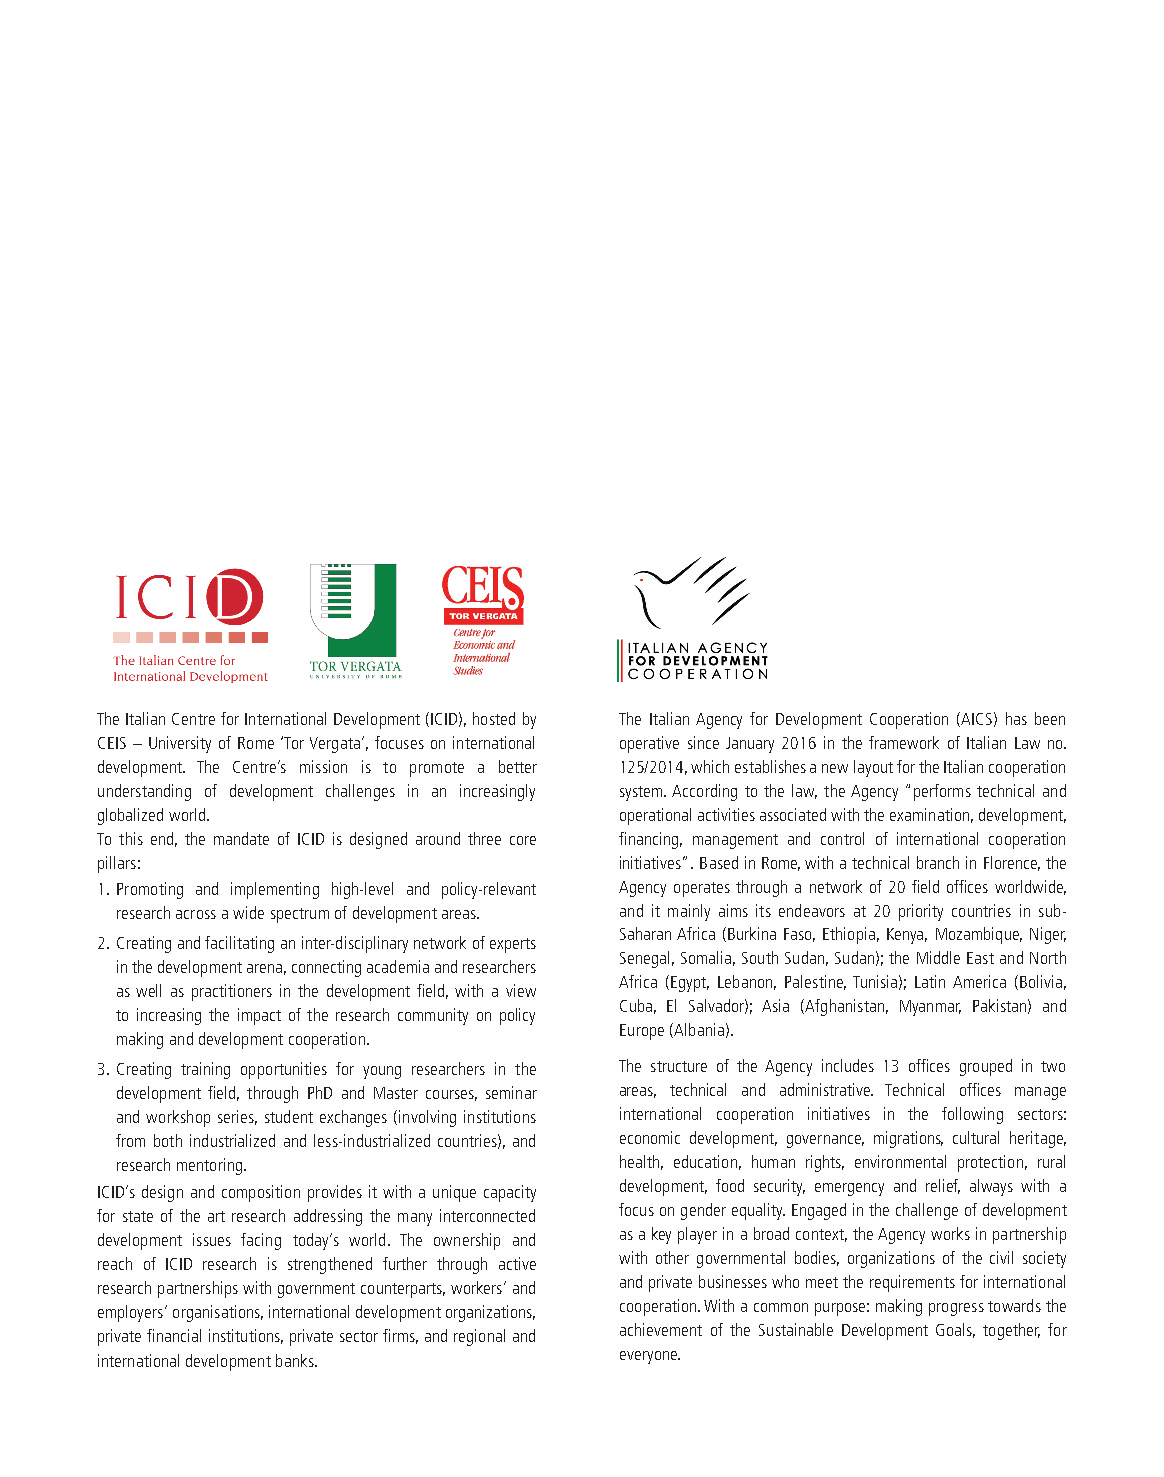
The Italian Centre for International Development (ICID), hosted by The Italian Agency for Development Cooperation (AICS) has been
 CEIS – University of Rome ‘Tor Vergata’, focuses on international operative since January 2016 in the framework of Italian Law no.
 development. The Centre’s mission is to promote a better 125/2014, which establishes a new layout for the Italian cooperation
 understanding of development challenges in an increasingly system. According to the law, the Agency “performs technical and
 globalized world.                  operational activities associated with the examination, development,
 To this end, the mandate of ICID is designed around three core financing, management and control of international cooperation
 pillars:                           initiatives”. Based in Rome, with a technical branch in Florence, the
 1. Promoting and implementing high-level and policy-relevant Agency operates through a network of 20 field offices worldwide,
 research across a wide spectrum of development areas. and it mainly aims its endeavors at 20 priority countries in sub-
 Saharan Africa (Burkina Faso, Ethiopia, Kenya, Mozambique, Niger,
 2. Creating and facilitating an inter-disciplinary network of experts
 Senegal, Somalia, South Sudan, Sudan); the Middle East and North
 in the development arena, connecting academia and researchers
 Africa (Egypt, Lebanon, Palestine, Tunisia); Latin America (Bolivia,
 as well as practitioners in the development field, with a view
 Cuba, El Salvador); Asia (Afghanistan, Myanmar, Pakistan) and
 to increasing the impact of the research community on policy
 Europe (Albania).
 making and development cooperation.
 3. Creating training opportunities for young researchers in the The structure of the Agency includes 13 offices grouped in two
 development field, through PhD and Master courses, seminar areas, technical and administrative. Technical offices manage
 and workshop series, student exchanges (involving institutions international cooperation initiatives in the following sectors:
 from both industrialized and less-industrialized countries), and economic development, governance, migrations, cultural heritage,
 research mentoring.              health, education, human rights, environmental protection, rural
 ICID’s design and composition provides it with a unique capacity development, food security, emergency and relief, always with a
 for state of the art research addressing the many interconnected focus on gender equality. Engaged in the challenge of development
 development issues facing today’s world. The ownership and as a key player in a broad context, the Agency works in partnership
 reach of ICID research is strengthened further through active with other governmental bodies, organizations of the civil society
 research partnerships with government counterparts, workers’ and and private businesses who meet the requirements for international
 employers’ organisations, international development organizations, cooperation. With a common purpose: making progress towards the
 private financial institutions, private sector firms, and regional and achievement of the Sustainable Development Goals, together, for
 everyone.
 international development banks.